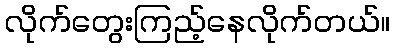
လိုက်တွေးကြည့်နေလိုက်တယ်။